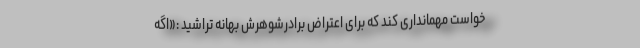
‌خواست مهمانداری کند که برای اعتراض برادرشوهرش بهانه تراشید :«اگه